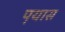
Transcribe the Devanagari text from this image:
प़यास